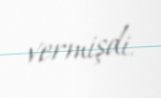
vermişdi.